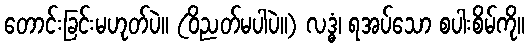
တောင်းခြင်းမဟုတ်ပဲ။ (ဝိညတ်မပါပဲ။) လဒ္ဓံ၊ ရအပ်သော စပါးစိမ်ကို။